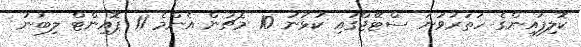
ކޮލިފައިންގެ ހަތަރުވަނަ ސްޓޭޖްގައި ކުޅުނު 10 މެޗުން އެންމެ 11 ޕޮއިންޓް ލިބުނު